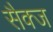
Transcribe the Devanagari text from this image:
सैक्ज